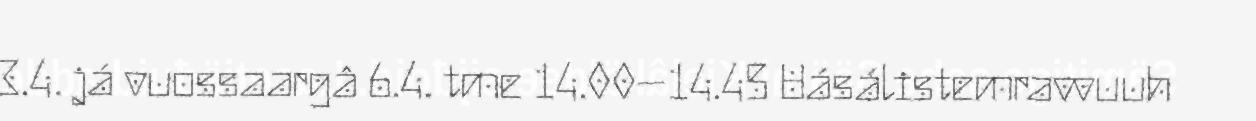
3.4. já vuossaargâ 6.4. tme 14.00–14.45 Uásálistemravvuuh